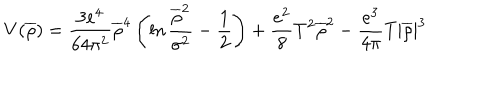
V ( \overline { { { \rho } } } ) = \frac { 3 e ^ { 4 } } { 6 4 \pi ^ { 2 } } \overline { { { \rho } } } ^ { 4 } \left( \ln \frac { \overline { { { \rho } } } ^ { 2 } } { \sigma ^ { 2 } } - \frac { 1 } { 2 } \right) + \frac { e ^ { 2 } } { 8 } T ^ { 2 } \overline { { { \rho } } } ^ { 2 } - \frac { e ^ { 3 } } { 4 \pi } T | \overline { { { \rho } } } | ^ { 3 }